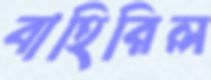
বাহিরিল